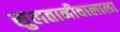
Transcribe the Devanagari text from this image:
सुलतानीवालाला